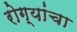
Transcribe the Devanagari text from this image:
रोग्यांचा